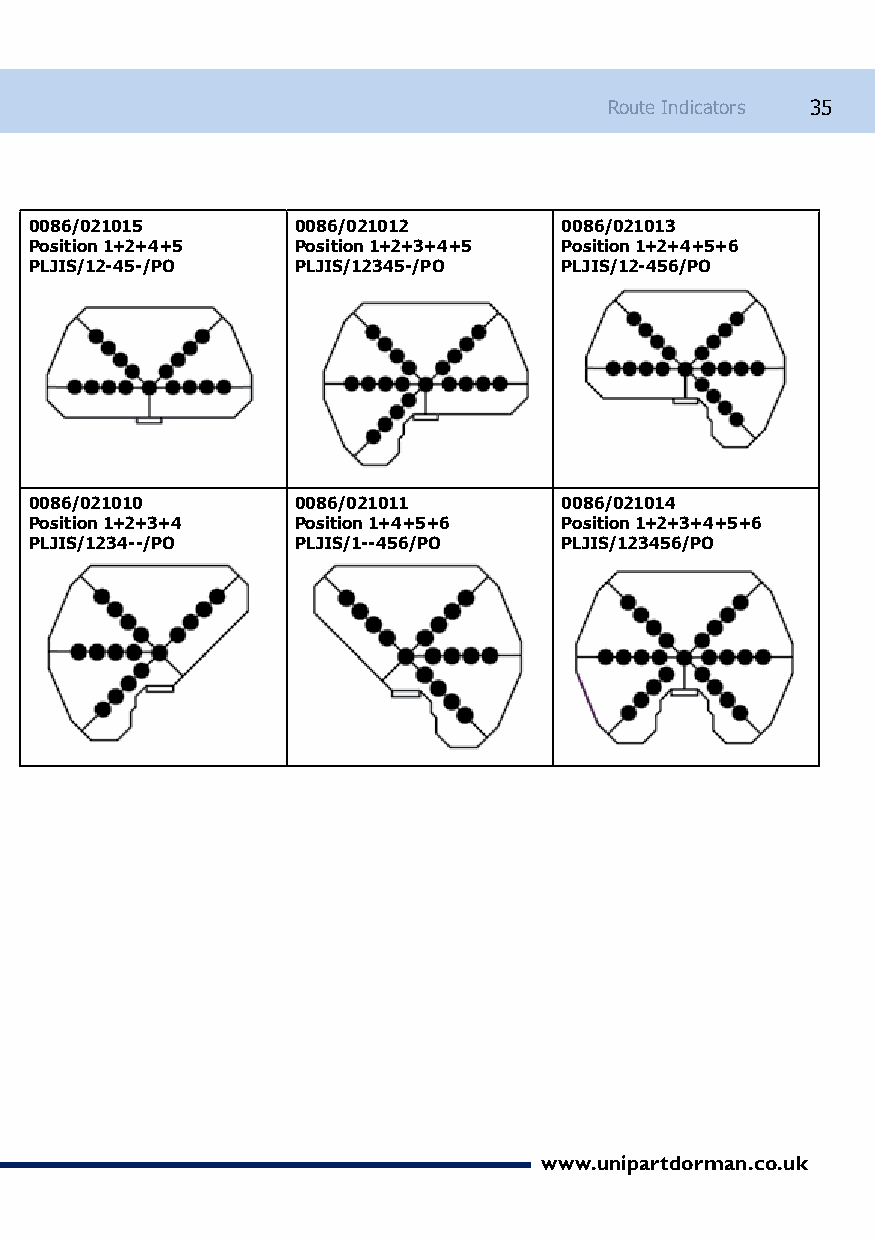
Route Indicators 35
 0086/021015       0086/021012      0086/021013
 Position 1+2+4+5  Position 1+2+3+4+5 Position 1+2+4+5+6
 PLJIS/12-45-/PO   PLJIS/12345-/PO  PLJIS/12-456/PO
 0086/021010       0086/021011      0086/021014
 Position 1+2+3+4  Position 1+4+5+6 Position 1+2+3+4+5+6
 PLJIS/1234--/PO   PLJIS/1--456/PO  PLJIS/123456/PO
 www.unipartdorman.co.uk